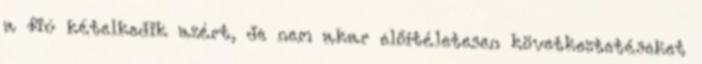
a fiú kételkedik azért, de nem akar előítéletesen következtetéseket